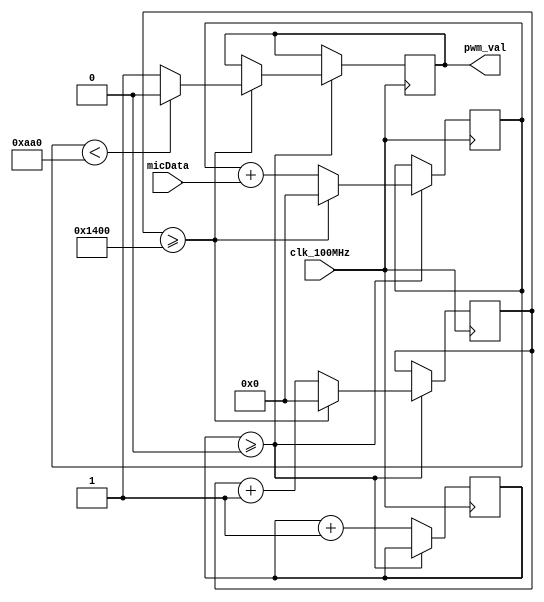
`timescale 1ns / 1ps

module Bit_Getter(
    input clk_100MHz,
    input micData,
    output reg pwm_val
    );
    
    parameter kHZ_Cnt = 5120;    // 16*320
    parameter Begin_kHZ_Cnt = 0;
    parameter least_value = 2720;  // 16*170

    reg [12:0] begin_Cnt=0;
    reg [12:0] micInUse_Cnt=0;
    reg [12:0] micInUse=0;

    always@(posedge(clk_100MHz))begin
        if(begin_Cnt>=Begin_kHZ_Cnt)begin
            if(micInUse_Cnt>=kHZ_Cnt)begin
                micInUse_Cnt <= 0;
                pwm_val <= (micInUse < least_value) ? 0:1;
                micInUse <= 0; end
            else begin
                micInUse_Cnt <= micInUse_Cnt + 1;
                micInUse <= micInUse + micData; end end
        else begin begin_Cnt <= begin_Cnt + 1; end
    end
endmodule